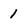
Character: 1